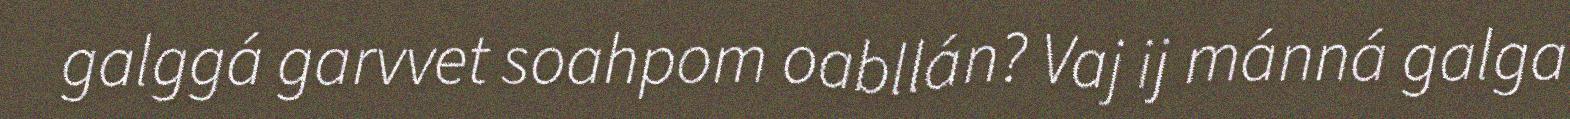
galggá garvvet soahpom oabllán? Vaj ij mánná galga